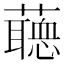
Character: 𧂺